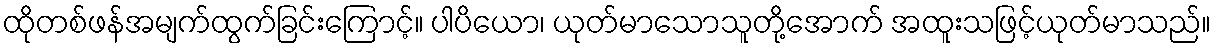
ထိုတစ်ဖန်အမျက်ထွက်ခြင်းကြောင့်။ ပါပိယော၊ ယုတ်မာသောသူတို့အောက် အထူးသဖြင့်ယုတ်မာသည်။